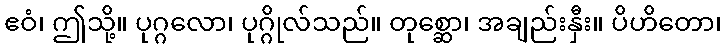
ဧဝံ၊ ဤသို့။ ပုဂ္ဂလော၊ ပုဂ္ဂိုလ်သည်။ တုစ္ဆော၊ အချည်းနှီး။ ပိဟိတော၊